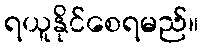
ရယူနိုင်စေရမည်။